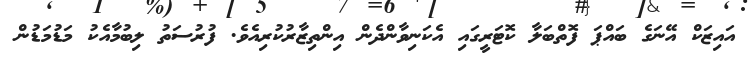
އައިޒަކް އޭނަގެ ބައްޕަ ފޮތްބަލާ ކޮޓަރީގައި އެކަނިވާންދެން އިންތިޒާރުކުރިއެވެ. ފުރުސަތު ލިބުމާއެކު މަޑުމަޑުން